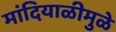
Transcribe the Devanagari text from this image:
मांदियाळीमुळे